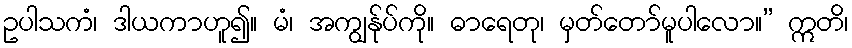
ဥပါသကံ၊ ဒါယကာဟူ၍။ မံ၊ အကျွန်ုပ်ကို။ ဓာရေတု၊ မှတ်တော်မူပါလော။” ဣတိ၊